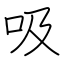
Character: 吸